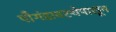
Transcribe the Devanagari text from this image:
पौगंडावस्थेपासून